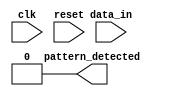
module dual_ff_detector (
    input wire clk,              // Clock signal
    input wire reset,            // Reset signal
    input wire data_in,          // Input data stream
    output reg pattern_detected   // Output signal indicating pattern detection
);

    // Parameters for the specific pattern to be detected
    parameter PATTERN = 2'b11;   // Example pattern for detection (you can change this as necessary)
    
    // Internal signals to hold flip-flop outputs
    reg ff1_out;
    reg ff2_out;

    // Sequential logic: Dual Flip-Flops
    always @(posedge clk or posedge reset) begin
        if (reset) begin
            ff1_out <= 1'b0;
            ff2_out <= 1'b0;
            pattern_detected <= 1'b0; // Clear output on reset
        end else begin
            // Sample input data into the first flip-flop
            ff1_out <= data_in;
            // Sample the first flip-flop output into the second flip-flop
            ff2_out <= ff1_out;
        end
    end

    // Combinational logic: Pattern Detection
    always @(*) begin
        if (ff2_out == PATTERN) begin
            pattern_detected = 1'b1; // Pattern detected
        end else begin
            pattern_detected = 1'b0; // No pattern detected
        end
    end

endmodule